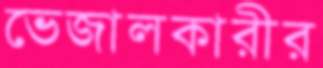
ভেজালকারীর